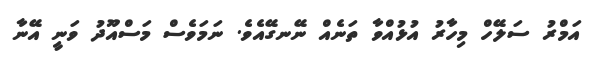
އަމްރު ސަލޭހް މިހާރު އުޅުއްވާ ތަނެއް ނޭނގޭއެވެ. ނަމަވެސް މަސްއޫދު ވަނީ އޭނާ